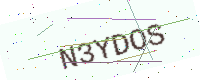
Text: N3YDOS